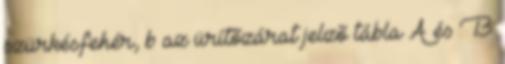
szürkésfehér, b az ürítõzárat jelzõ tábla A és B